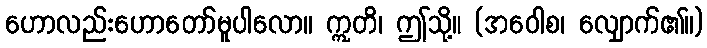
ဟောလည်းဟောတော်မူပါလော။ ဣတိ၊ ဤသို့။ (အဝေါစ၊ လျှောက်၏။)